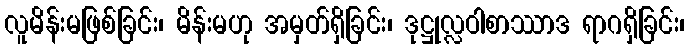
လူမိန်းမဖြစ်ခြင်း၊ မိန်းမဟု အမှတ်ရှိခြင်း၊ ဒုဋ္ဌုလ္လဝါစာဿာဒ ရာဂရှိခြင်း၊